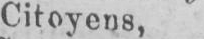
Citoyens,